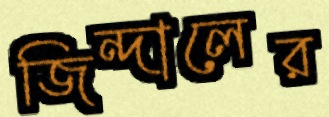
জিন্দালের